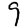
Digit: 9